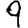
Digit: 9